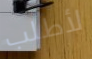
لأطلب